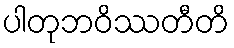
ပါတုဘဝိဿတီတိ